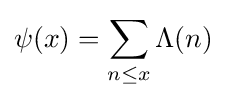
\psi (x)=\sum _{n\leq x}\Lambda (n)\;